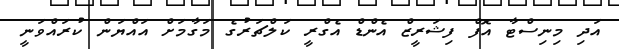
އަދި މިނިސްޓާ އޮފް ފިޝަރީޒް އެންޑް އެގްރީ ކަލްޗަރުގެ މަގާމަށް އައްޔަން ކުރައްވަނީ